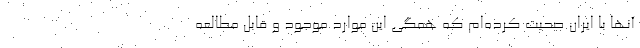
آنها با ایران صحبت کرده‌ام که همگی این موارد موجود و قابل مطالعه